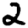
Digit: 2